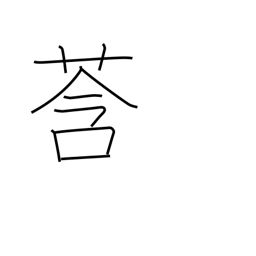
Meaning: bud (plant)